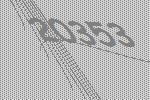
20353